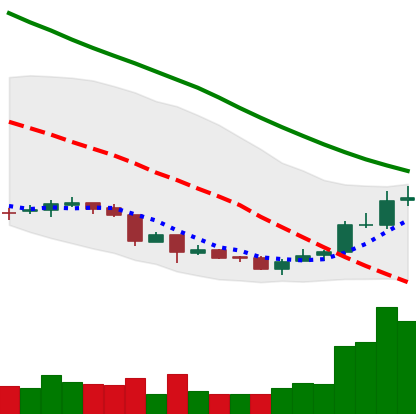
Ticker: NEO-USD
Chart end date: 2018-07-05
Forward return: -18.049%
Label: down_7plus